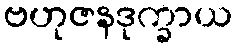
ဗဟုဇနဒုက္ခာယ